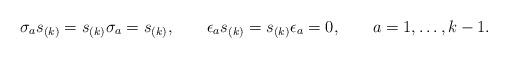
LaTeX: \begin{align*} &\sigma_as_{(k)}=s_{(k)}\sigma_a=s_{(k)}, & &\epsilon_as_{(k)}=s_{(k)}\epsilon_a=0, &&a=1,\ldots,k-1.\end{align*}